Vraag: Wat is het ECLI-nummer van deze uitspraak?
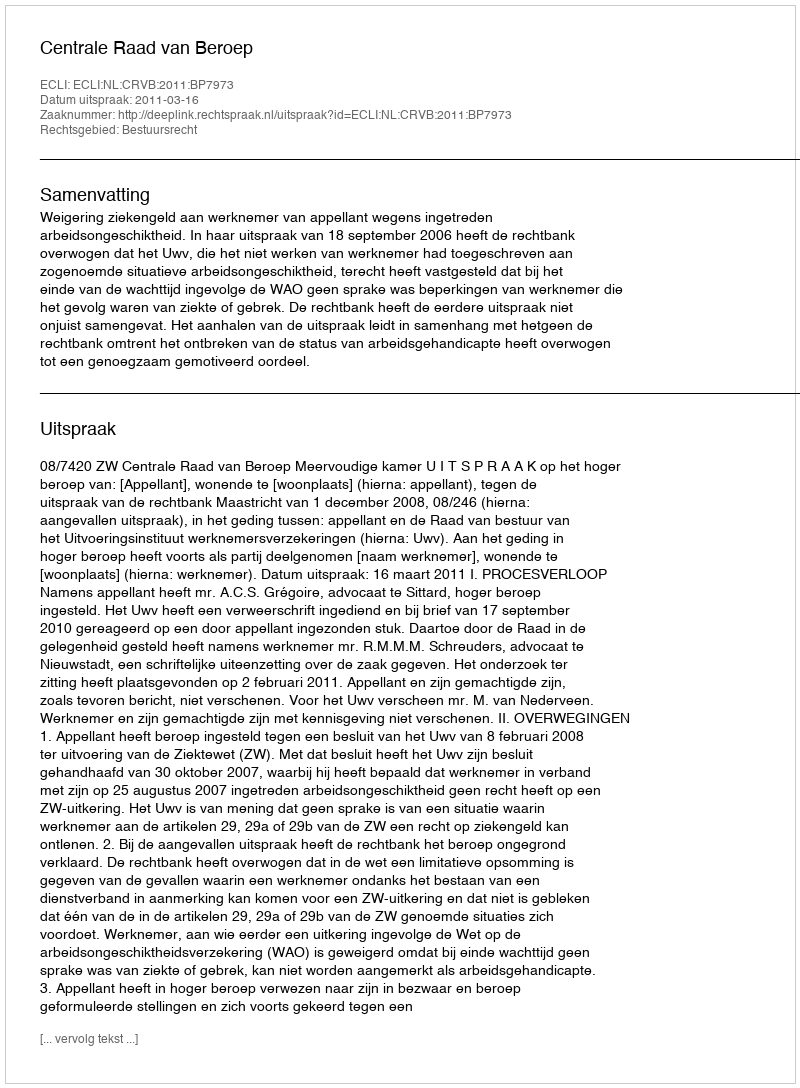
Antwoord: ECLI:NL:CRVB:2011:BP7973